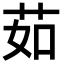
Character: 茹